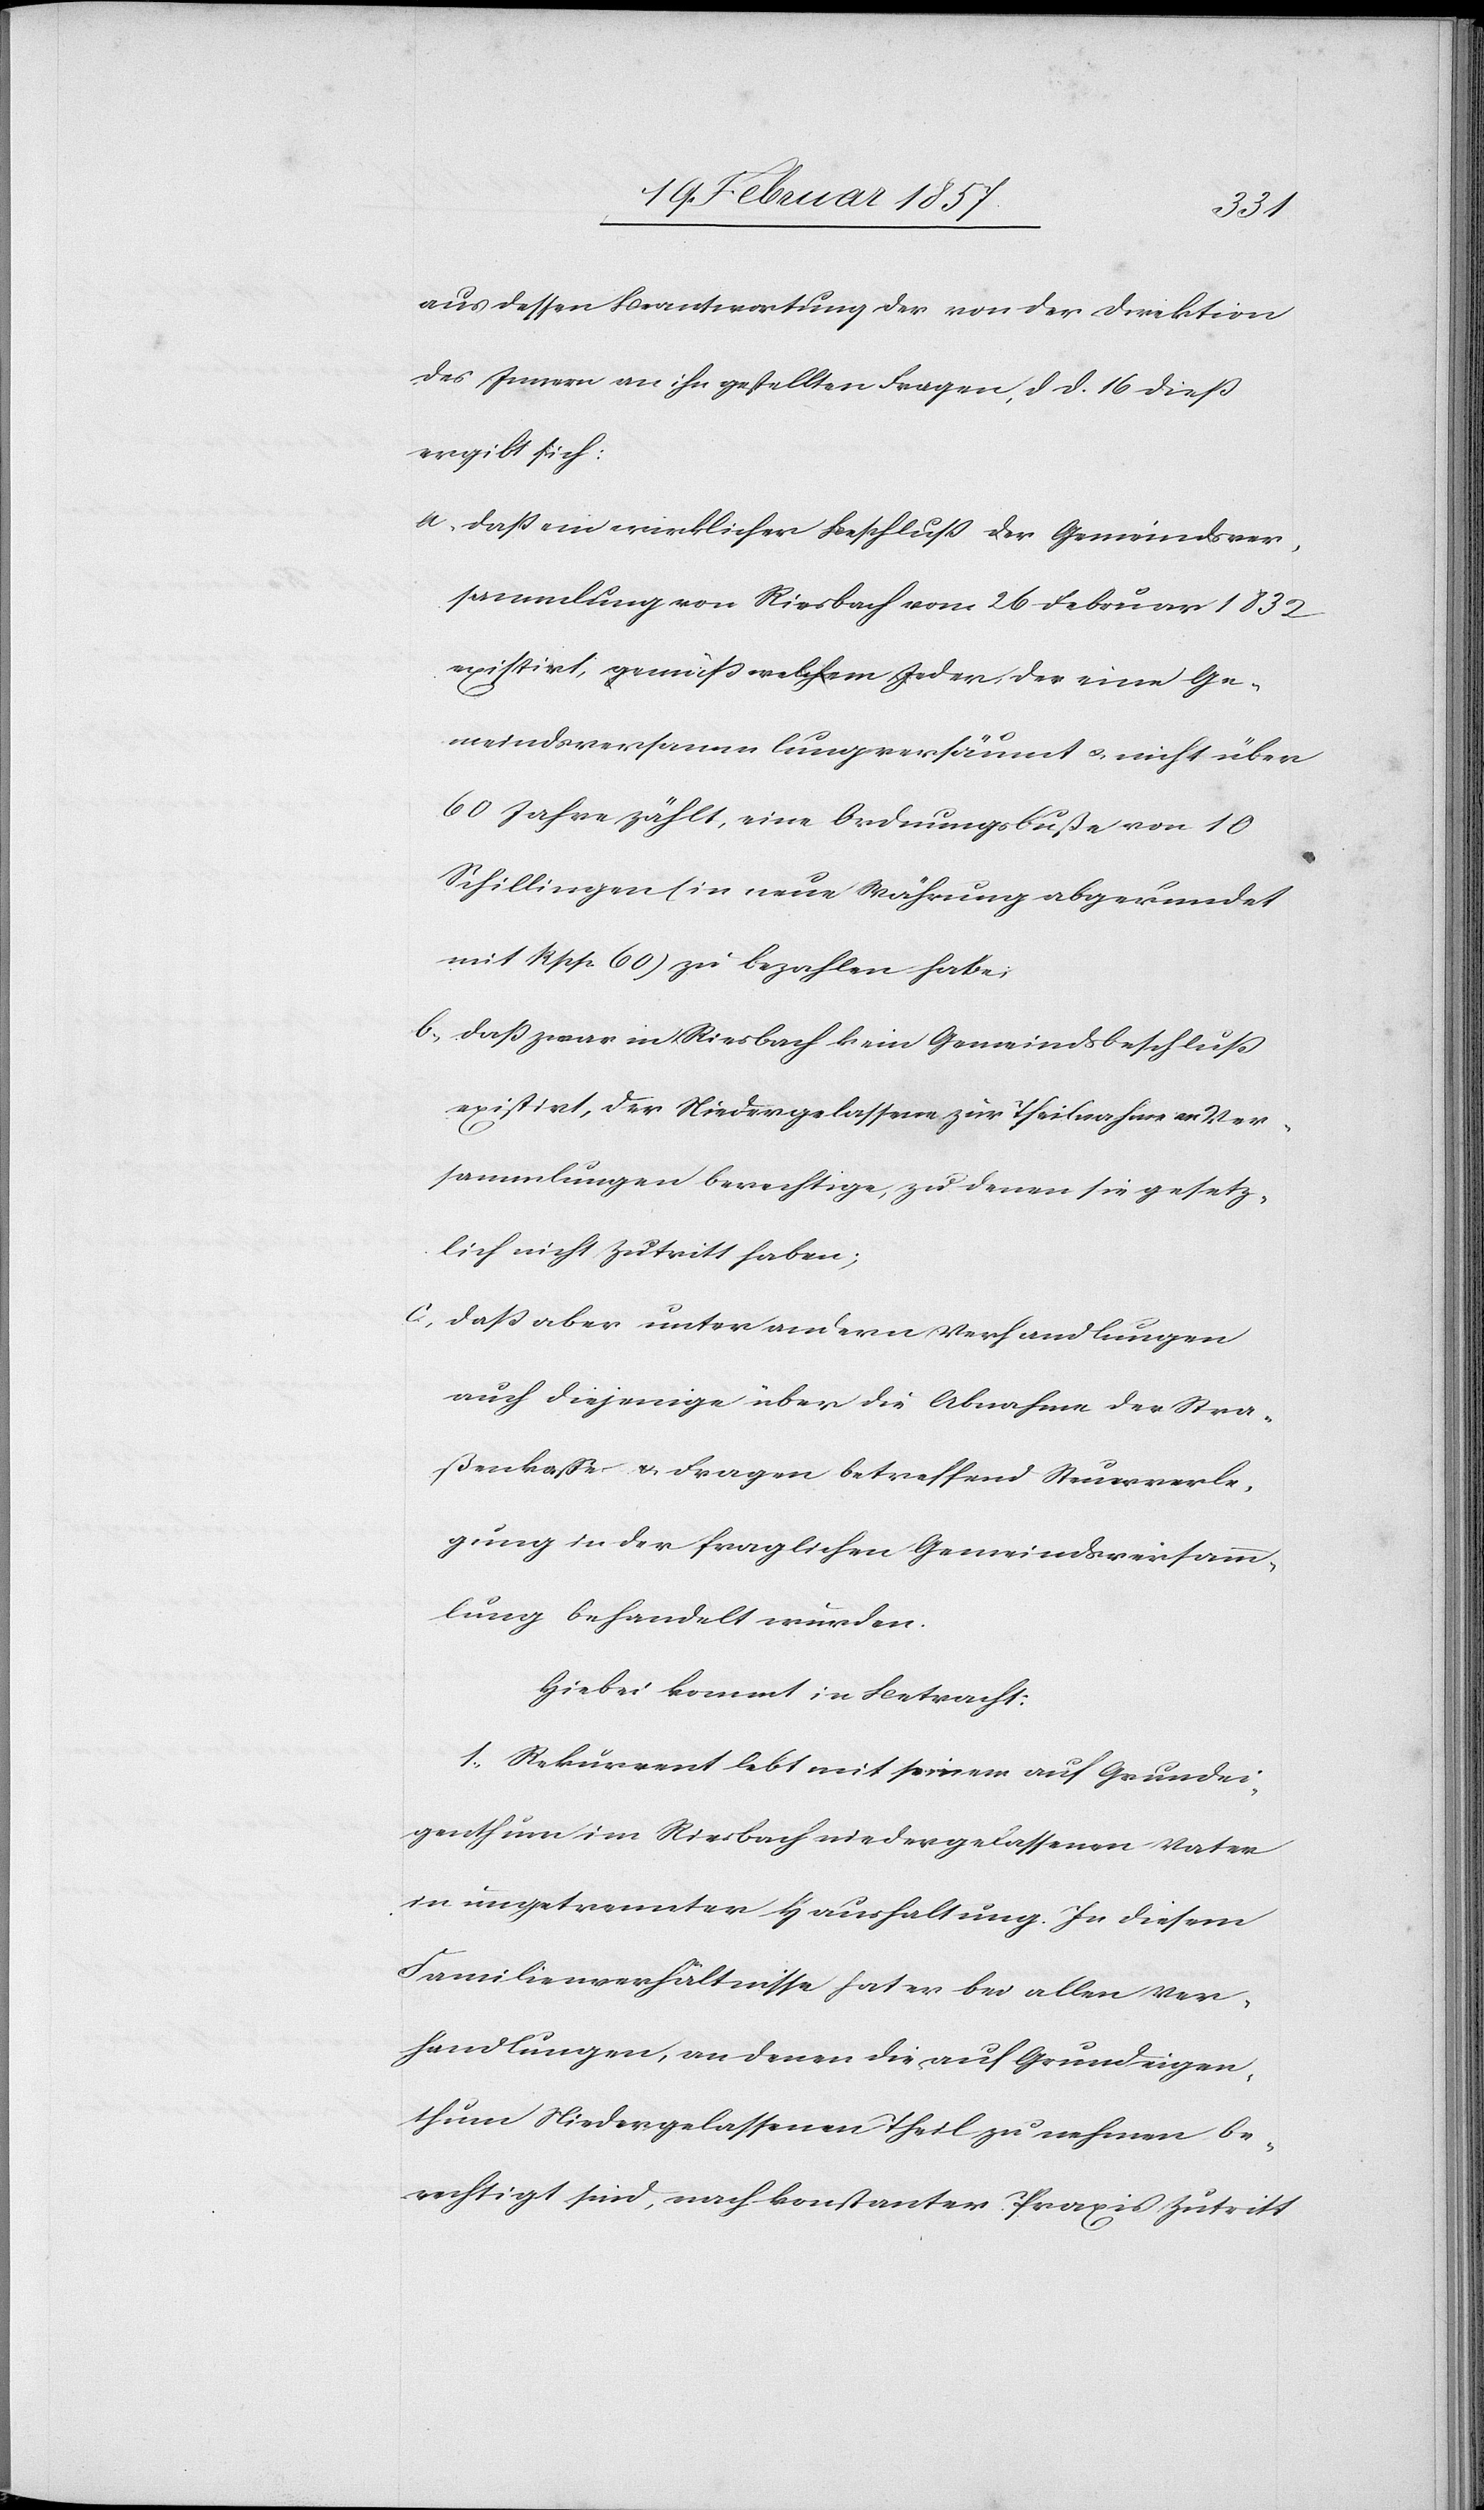
aus dessen Beantwortung der von der Direktion
des Innern an ihn gestellten Fragen, d. d. 16 dieß
ergibt sich:
a. daß ein wirklicher Beschluß der Gemeindsver¬
sammlung von Riesbach vom 26 Februar 1832
existirt, gemäß welchem Jeder der eine Ge¬
meindsversammlung versäumt u. nicht über
60 Jahre zählt, eine Ordnungsbuße von 10
Schillingen (in neue Währung abgerundet
mit Rpp. 60) zu bezahlen habe.
b. daß zwar in Riesbach kein Gemeindsbeschluß
existirt, der Niedergelassene zur Theilnahme an Ver¬
sammlungen berechtige, zu denen sie gesetz¬
lich nicht Zutritt haben;
c. daß aber unter andern Verhandlungen
auch diejenige über die Abnahme der Stra¬
ßenkaße u. Fragen betreffend Steuerverle¬
gung in der fraglichen Gemeindsversam¬
mlung behandelt wurden.
Hiebei kommt in Betracht:
1. Rekurrent lebt mit seinem auf Grundei¬
genthum im Riesbach niedergelassenen Vater
in ungetrennter Haushaltung. In diesem
Familienverhältnisse, hat er bei allen Ver¬
handlungen, an denen die auf Grundeigen¬
thum Niedergelassenen Theil zu nehmen be¬
rechtigt sind, nach konstanter Praxis Zutritt